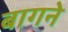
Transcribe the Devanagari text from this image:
बागने